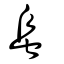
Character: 蛗